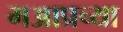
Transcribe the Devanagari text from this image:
मआप्रच्या